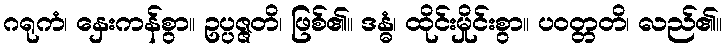
ဂရုကံ၊ နှေးကန်စွာ။ ဥပ္ပဇ္ဇတိ၊ ဖြစ်၏။ ဒန္ဓံ၊ ထိုင်းမှိုင်းစွာ။ ပဝတ္တတိ၊ လည်၏။